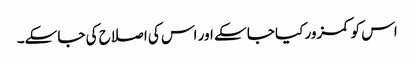
اس کو کمزور کیا جا سکے اور اس کی اصلاح کی جا سکے۔